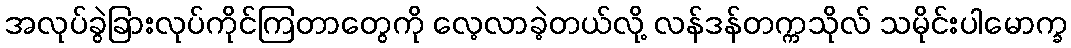
အလုပ်ခွဲခြားလုပ်ကိုင်ကြတာတွေကို လေ့လာခဲ့တယ်လို့ လန်ဒန်တက္ကသိုလ် သမိုင်းပါမောက္ခ